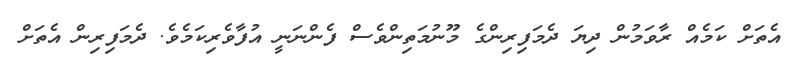
އެތަށް ކަމެއް ރާވަމުން ދިޔަ ދެމަފިރިންގެ މޫނުމަތިންވެސް ފެންނަނީ އުފާވެރިކަމެވެ. ދެމަފިރިން އެތަށް